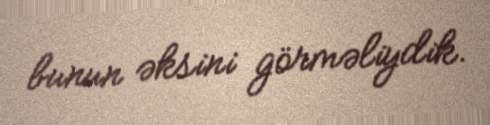
bunun əksini görməliydik.